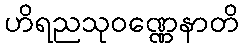
ဟိရညသုဝဏ္ဏေနာတိ